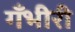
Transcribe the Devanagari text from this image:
गँभीरी